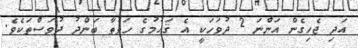
އަދި ޖެހިގެން އަންނަ 2 ދުވަހަކީ އެ ޤައުމުގެ ހަފުތާ ބަންދު ދުވަސްތަކެވެ.